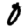
Digit: 0